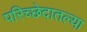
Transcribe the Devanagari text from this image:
परिच्छेदातल्या